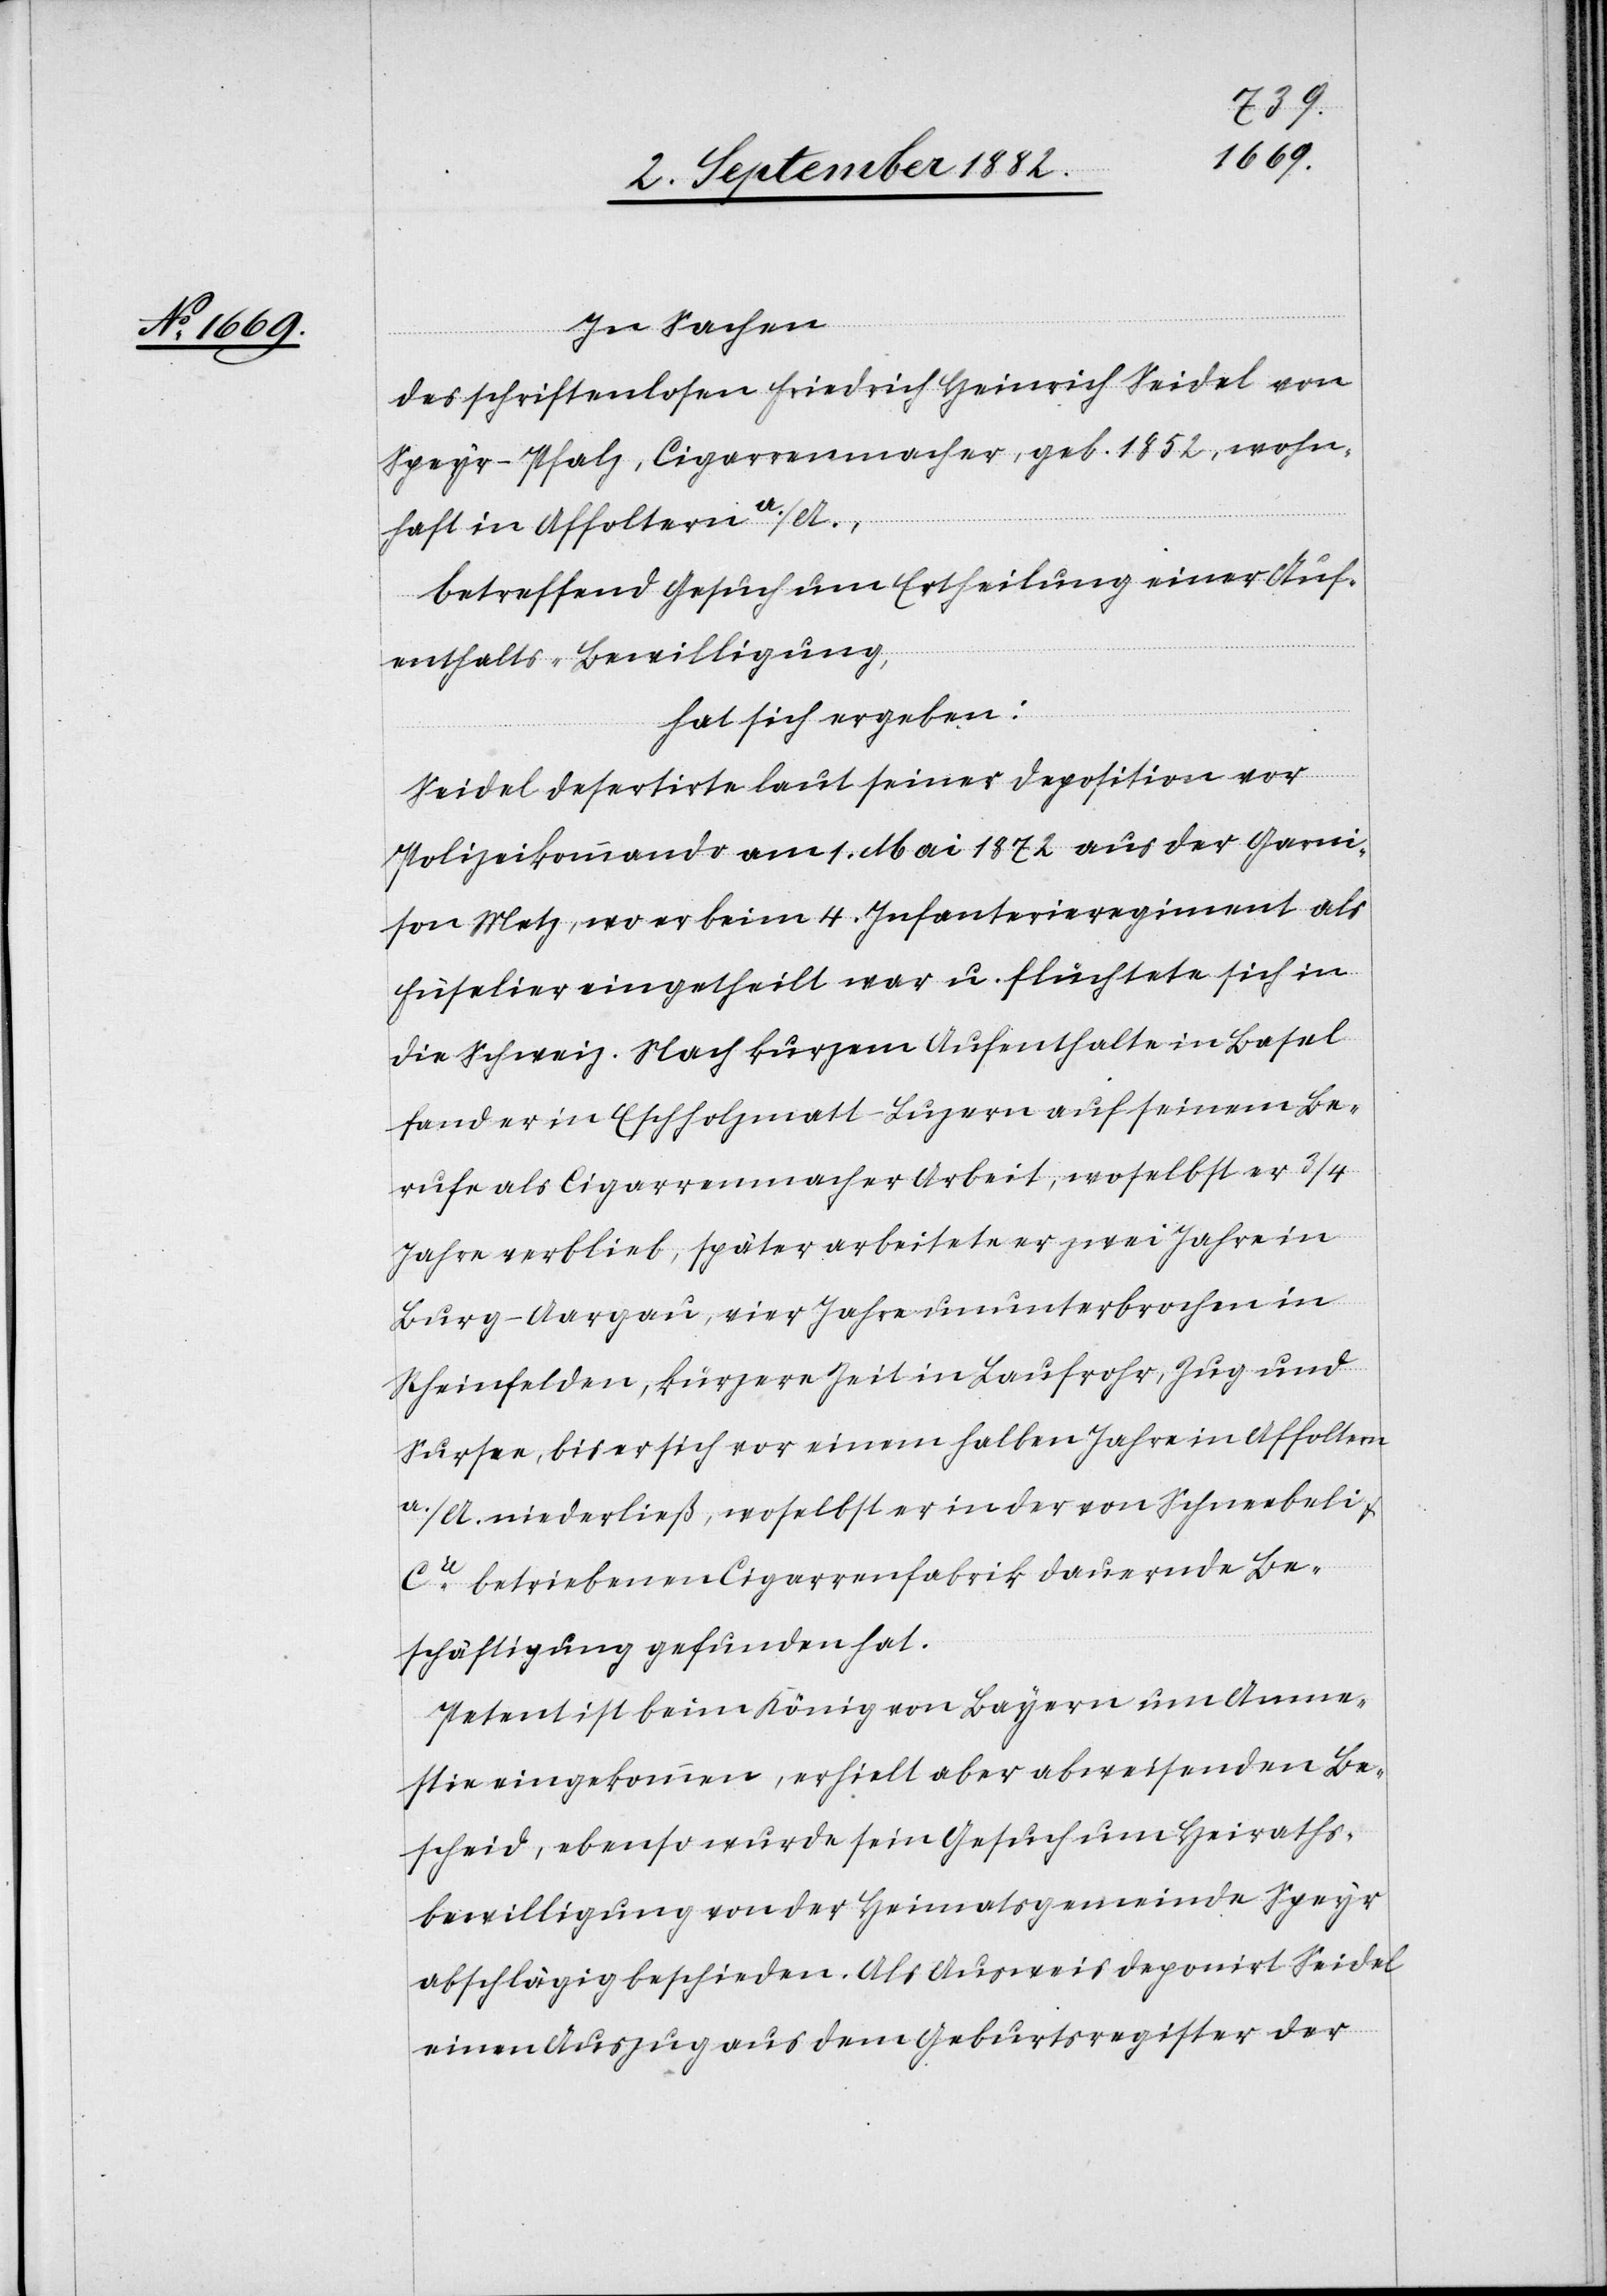
In Sachen
des schriftenlosen Freidrich Heinrich Seidel von
Speyr-Pfalz, Cigarrenmacher, geb. 1852, wohn¬
haft in Affoltern a./A.,
betreffend Gesuch um Ertheilung einer Auf¬
enthalts-Bewilligung,
hat sich ergeben:
Seidel desertirte laut seiner Deposition vor
Polizeikommando am 1. Mai 1872 aus der Garni¬
son Metz, wo er beim 4. Infanterieregiment als
Füsilir eingetheilt war u. flüchtete sich in
die Schweiz. Nach kurzem Aufenthalt in Basel
fand er in Eschholzmatt - Luzern auf seinem Be¬
rufe als Cigarrenmacher Arbeit, woselbst er 3/4
Jahre verblieb, später arbeitete er zwei Jahre in
Burg - Aargau, vier Jahre ununterbrochen in
Rheinfelden, kürzere Zeit in Laufrohr, Zug und
Sursee, bis er sich vor einem halben Jahre in Affoltern
a./A. niederließ, woselbst er in der von Schneebeli &
Co betriebenen Cigarrenfabrik dauernde Be¬
schäftigung gefunden hat.
Petent ist beim König von Bayern um Amne¬
stie eingekommen, erhielt aber abweisenden Be¬
scheid, ebenso wurde sein Gesuch um Heiraths¬
bewilligung von der Heimatsgemeinde Speyr
abschlägig beschieden. Als Ausweis deponirt Seidel
einen Auszug aus dem Geburtsregister der